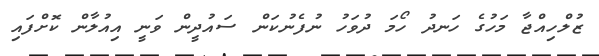
ޒުލްހިއްޖާ މަހުގެ ހަނދު ހޯމަ ދުވަހު ނުފެނުކަން ސައުދީން ވަނީ އިއުލާން ކޮށްފައި